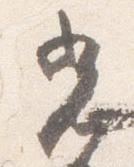
光